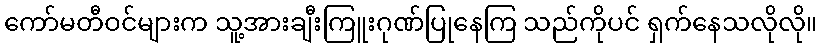
ကော်မတီဝင်များက သူ့အားချီးကြူးဂုဏ်ပြုနေကြ သည်ကိုပင် ရှက်နေသလိုလို။